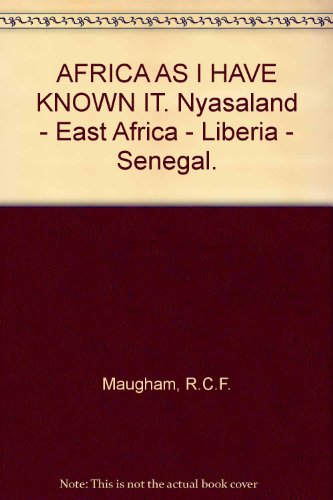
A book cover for Africa as I have known it;: Nyasaland-East Africa-Liberia-Senegal; R. C. F Maugham; Travel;